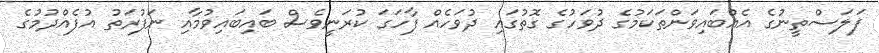
ފަލަސްތީނުގެ އެއްބައިވަންތަކަމުގެ ދުވަހުގެ ގޮތުގައި ދުވަހެއް ފާހަގަ ކުރަނީވެސް ބައިބައިވުމާއި ނަފުރަތު އުފެއްދުމުގެ